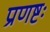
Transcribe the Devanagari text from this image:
प्रणष्टः